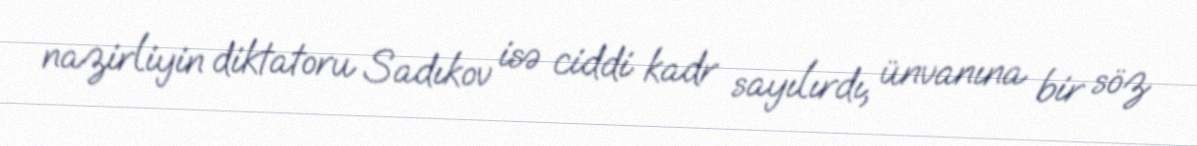
nazirliyin diktatoru Sadıkov isə ciddi kadr sayılırdı, ünvanına bir söz